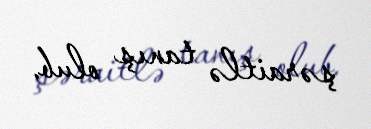
şəraitlə tanış olub.